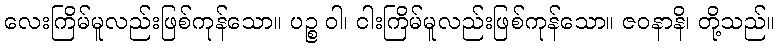
လေးကြိမ်မူလည်းဖြစ်ကုန်သော။ ပဉ္စ ဝါ၊ ငါးကြိမ်မူလည်းဖြစ်ကုန်သော။ ဇဝနာနိ၊ တို့သည်။